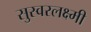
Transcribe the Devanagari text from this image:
सुस्वरलक्ष्मी